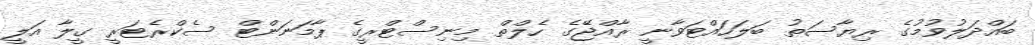
ބައްދަލުވުމުގެ ރިޔާސަތު ބަލަހައްޓަވާނީ ރާއްޖޭގެ ހެލްތް މިނިސްޓްރީގެ ޕާމަނަންޓް ސެކްރެޓަރީ ގީލާ އަލީ